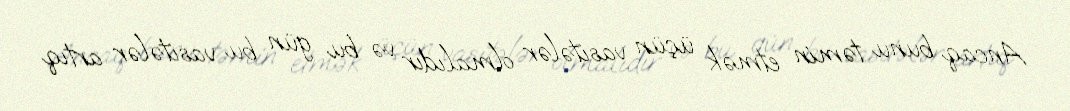
Ancaq bunu təmin etmək üçün vasitələr olmalıdır və bu gün bu vasitələr artıq